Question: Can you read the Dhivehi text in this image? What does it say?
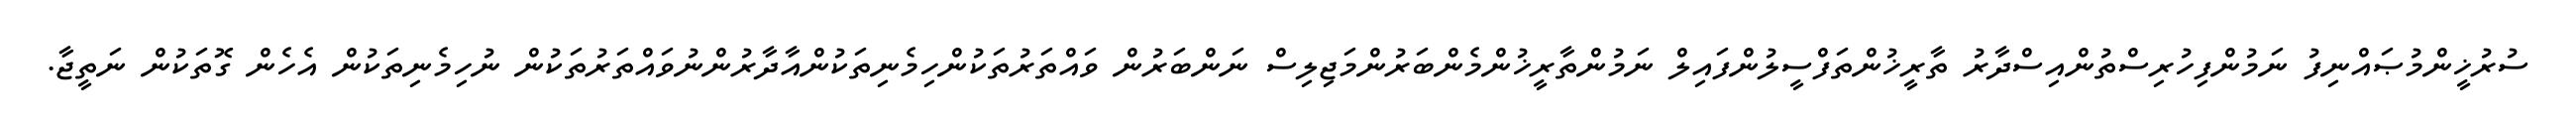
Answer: ސުރުޚީންމުޞައްނިފު ނަމުންފިހުރިސްތުންއިސްދާރު ތާރީޚުންތަފްސީލުންފައިލް ނަމުންތާރީޚުންމެންބަރުންމަޖިލިސް ނަންބަރުން ވައްތަރުތަކުންހިމެނިތަކުންއާދާރުންނުވައްތަރުތަކުން ނުހިމެނިތަކުން އެހެން ގޮތަކުން ނަތީޖާ.